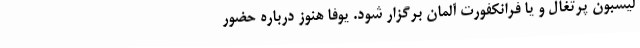
لیسبون پرتغال و یا فرانکفورت آلمان برگزار شود. یوفا هنوز درباره حضور